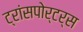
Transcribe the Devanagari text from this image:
ट्रांसपोर्टर्स